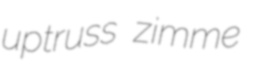
uptruss zimme